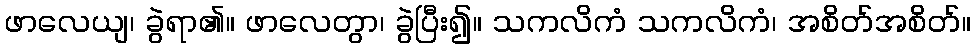
ဖာလေယျ၊ ခွဲရာ၏။ ဖာလေတွာ၊ ခွဲပြီး၍။ သကလိကံ သကလိကံ၊ အစိတ်အစိတ်။